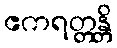
ဧကရတ္တန္တိ